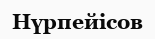
Нүрпейісов